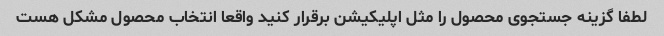
لطفا گزینه جستجوی محصول را مثل اپلیکیشن برقرار کنید واقعا انتخاب محصول مشکل هست